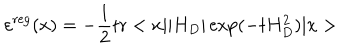
\varepsilon ^ { \mathrm { r e g } } ( x ) = - \frac { 1 } { 2 } \mathrm { t r } < x | | H _ { D } | \exp ( - t H _ { D } ^ { 2 } ) | x >